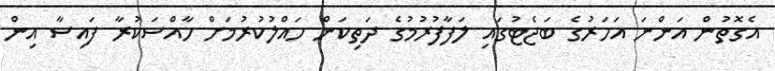
އެގޮތުން އަންނަ އަހަރުގެ ބަޖެޓުގައި ލަފާފުރުމުގެ ދަތިކަން ހައްލުކުރުމަށް ހާއްސަކުރާ ފައިސާ އިން